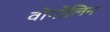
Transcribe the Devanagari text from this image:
वोगोलिन